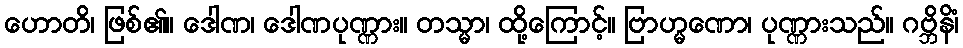
ဟောတိ၊ ဖြစ်၏။ ဒေါဏ၊ ဒေါဏပုဏ္ဏား။ တသ္မာ၊ ထို့ကြောင့်။ ဗြာဟ္မဏော၊ ပုဏ္ဏားသည်။ ဂဗ္ဘိနိံ၊